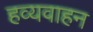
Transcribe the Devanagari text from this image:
हव्यवाहन